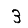
Digit: 3